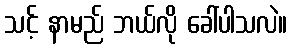
သင့် နာမည် ဘယ်လို ခေါ်ပါသလဲ။